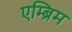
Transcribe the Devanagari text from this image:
एम्ब्रिम